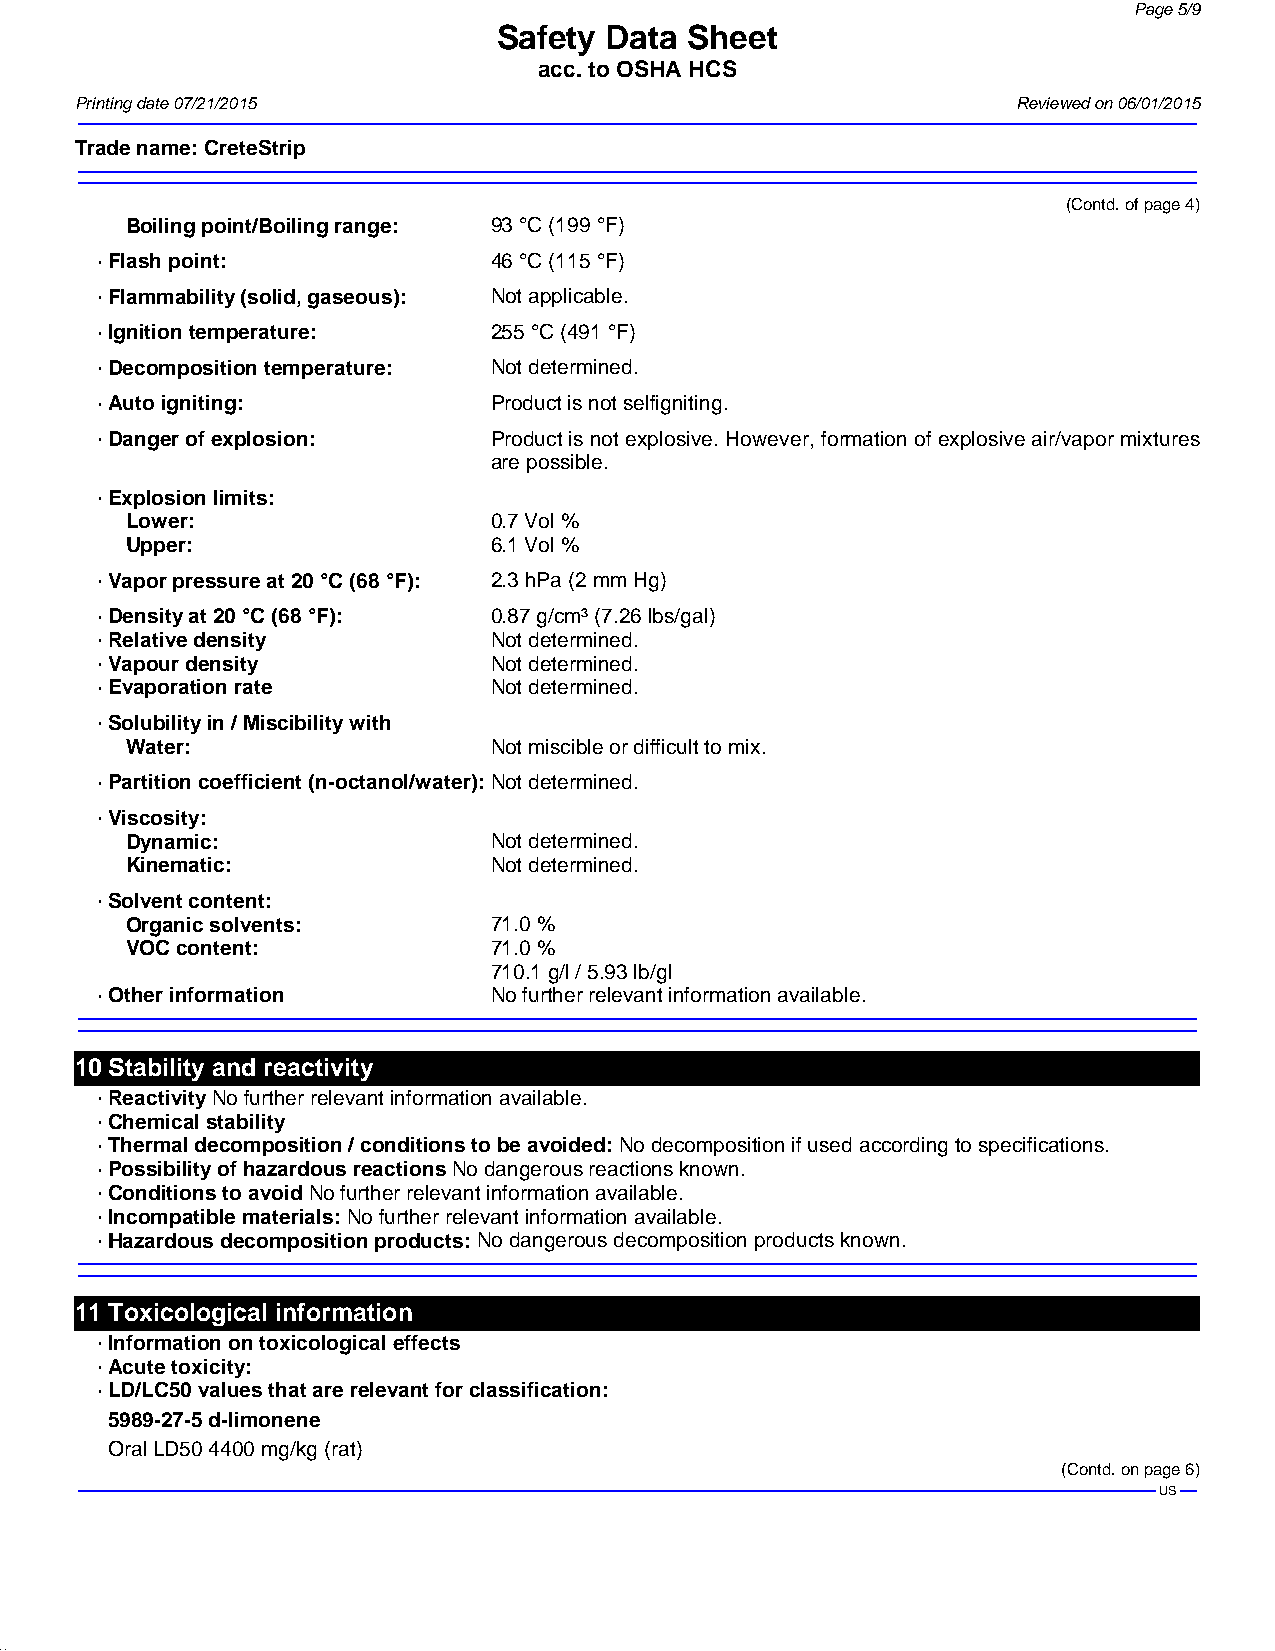
Page 5/9
 Safety Data  Sheet
 acc. to OSHA HCS
 Printing date 07/21/2015                                      Reviewed on 06/01/2015
 Trade name:CreteStrip
 (Contd. of page 4)
 Boiling point/Boiling range: 93 °C (199 °F)
 · Flash point:            46 °C (115 °F)
 · Flammability (solid, gaseous): Not applicable.
 · Ignition temperature:   255 °C (491 °F)
 · Decomposition temperature: Not determined.
 · Auto igniting:          Product is not selfigniting.
 · Danger of explosion:    Product is not explosive. However, formation of explosive air/vapor mixtures
 are possible.
 · Explosion limits:
 Lower:                  0.7 Vol %
 Upper:                  6.1 Vol %
 · Vapor pressure at 20 °C (68 °F): 2.3 hPa (2 mm Hg)
 · Density at 20 °C (68 °F): 0.87 g/cm³ (7.26 lbs/gal)
 · Relative density        Not determined.
 · Vapour density          Not determined.
 · Evaporation rate        Not determined.
 · Solubility in / Miscibility with
 Water:                  Not miscible or difficult to mix.
 · Partition coefficient (n-octanol/water):Not determined.
 · Viscosity:
 Dynamic:                Not determined.
 Kinematic:              Not determined.
 · Solvent content:
 Organic solvents:       71.0 %
 VOC content:            71.0 %
 710.1 g/l / 5.93 lb/gl
 · Other information       No further relevant information available.
 10Stability and reactivity
 · ReactivityNo further relevant information available.
 · Chemical stability
 · Thermal decomposition / conditions to be avoided:No decomposition if used according to specifications.
 · Possibility of hazardous reactionsNo dangerous reactions known.
 · Conditions to avoidNo further relevant information available.
 · Incompatible materials:No further relevant information available.
 · Hazardous decomposition products:No dangerous decomposition products known.
 11Toxicological information
 · Information on toxicological effects
 · Acute toxicity:
 · LD/LC50 values that are relevant for classification:
 5989-27-5d-limonene
 OralLD504400 mg/kg (rat)
 (Contd. on page 6)
 US
 41.1.4